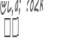
٢٥